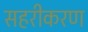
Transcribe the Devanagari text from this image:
सहरीकरण